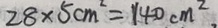
2 8 \times 5 c m ^ { 2 } = 1 4 0 c m ^ { 2 }